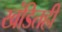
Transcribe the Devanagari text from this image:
खंडितही